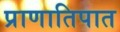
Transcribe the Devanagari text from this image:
प्राणातिपात